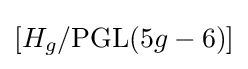
[H_{g}/\mathrm {PGL} (5g-6)]